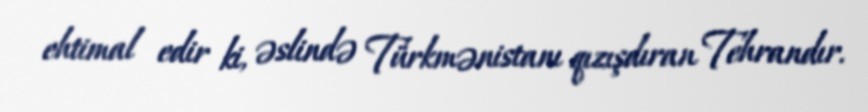
ehtimal edir ki, əslində Türkmənistanı qızışdıran Tehrandır.